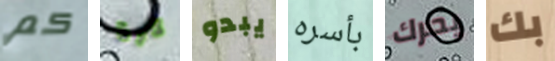
كم كرة يبدو بأسره يحرك بك